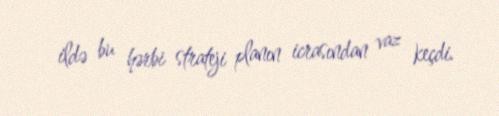
ildə bu hərbi strateji planın icrasından vaz keçdi.